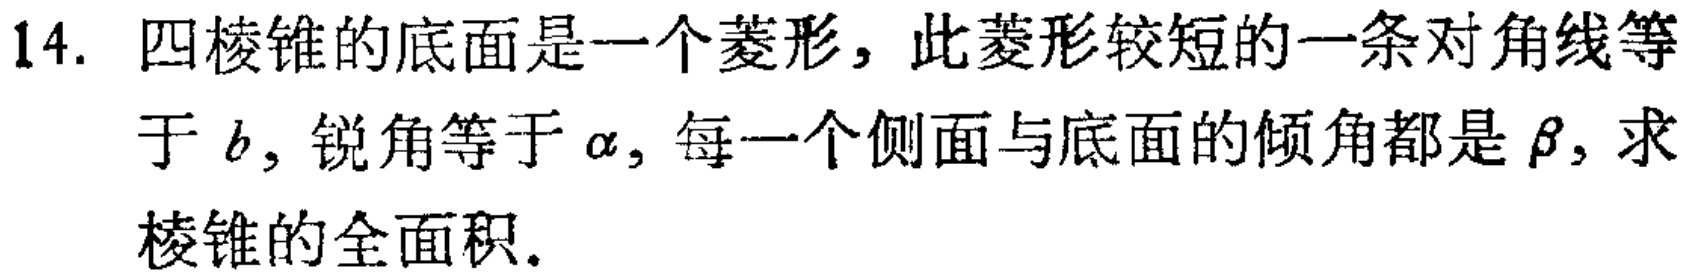
14. 四棱锥的底面是一个菱形，此菱形较短的一条对角线等于 \(b\)，锐角等于 \(\alpha\)，每一个侧面与底面的倾角都是 \(\beta\)，求棱锥的全面积。